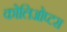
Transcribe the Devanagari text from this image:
कोलिओप्टरा